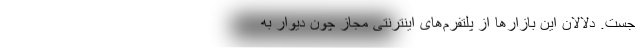
جست. دلالان این بازارها از پلتفرم‌های اینترنتی مجاز چون دیوار به